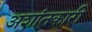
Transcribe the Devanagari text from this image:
अशांतकारी